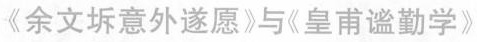
《余文坼意外遂愿》与《皇甫谧勤学》